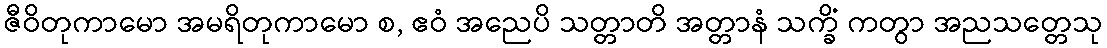
ဇီဝိတုကာမော အမရိတုကာမော စ, ဧဝံ အညေပိ သတ္တာတိ အတ္တာနံ သက္ခိံ ကတွာ အညသတ္တေသု